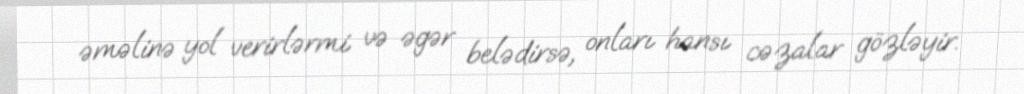
əməlinə yol verirlərmi və əgər belədirsə, onları hansı cəzalar gözləyir.